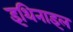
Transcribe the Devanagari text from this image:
इथिनाइल